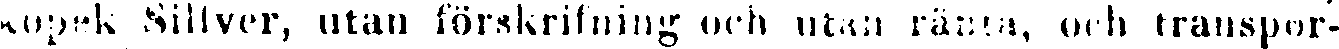
kopek Silfver, utan förskriftning och utan ränta, och transpor-